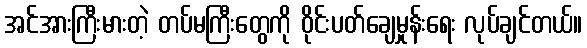
အင်အားကြီးမားတဲ့ တပ်မကြီးတွေကို ဝိုင်းပတ်ချေမှုန်းရေး လုပ်ချင်တယ်။